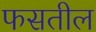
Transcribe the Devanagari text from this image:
फसतील